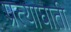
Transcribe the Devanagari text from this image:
प्रत्याघाती